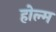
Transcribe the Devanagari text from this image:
होल्म